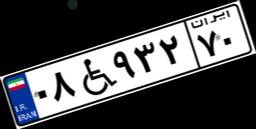
۰۸W۹۳۲۷۰